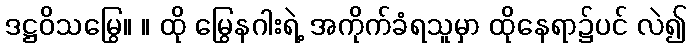
ဒဋ္ဌဝိသမြွေ။ ။ ထို မြွေနဂါးရဲ့ အကိုက်ခံရသူမှာ ထိုနေရာ၌ပင် လဲ၍